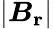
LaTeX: |\boldsymbol{B_{\mathrm{r}}}|